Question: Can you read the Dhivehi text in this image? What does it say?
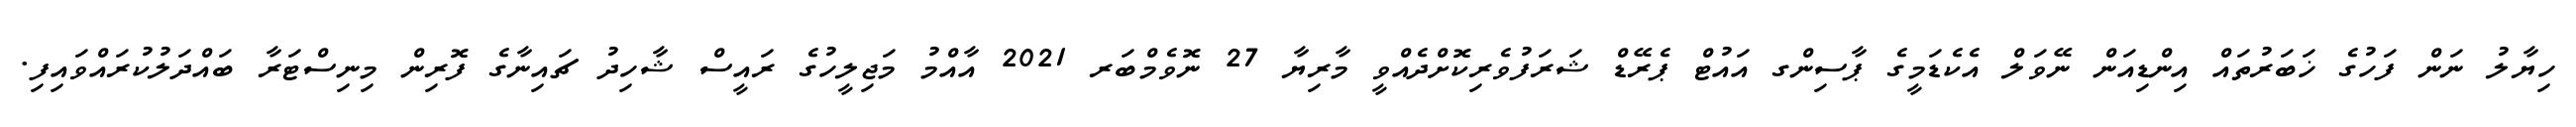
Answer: ހިޔާލު ނަން ފަހުގެ ޚަބަރުތައް އިންޑިއަން ނޭވަލް އެކެޑަމީގެ ޕާސިންގ އައުޓް ޕެރޭޑް ޝަރަފުވެރިކޮށްދެއްވީ މާރިޔާ 27 ނޮވެމްބަރ 2021 އާއްމު މަޖިލީހުގެ ރައީސް ޝާހިދު ޗައިނާގެ ފޮރިން މިނިސްޓަރާ ބައްދަލުކުރައްވައިފި.